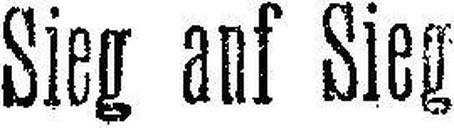
Sieg auf Sieg